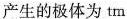
产生的极体为tm